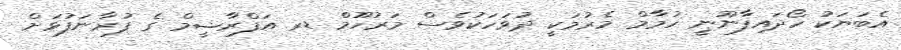
އެބަޔަކު ހޯދައިފާނޫނީ ހުމާމް މެރުމަކީ ދުވަހަކުވެސް މަރުހޫމް ޑރ އަފްރާޝީމް ގެ ފުރާނަފުޅަށް